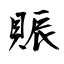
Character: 賑